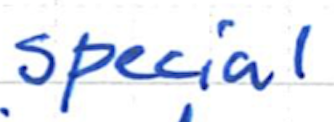
Text: special
Cross-out: clean
Writing tool: ballpoint